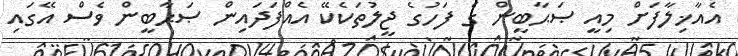
އެއާޚިލާފަށް މިއީ ޞަޙާބީން ގެ ފަހުގެ ޖީލުތަކެކޭ އެއްފަދައިން ޞަޙާބީން ވެސް އޭގައި